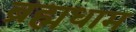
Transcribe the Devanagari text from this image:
ब्रह्मधाम